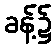
ခန့်၌